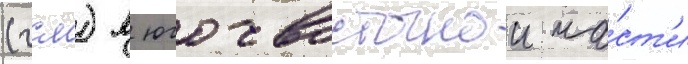
(гсм) в юго-восточнои ча́ст'и